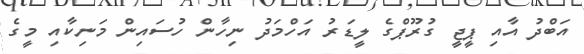
އަބްދު އާއި ޕީޖީ ގުރޫޕްގެ ލީޑަރު އަހްމަދު ނިހާން ހުސައިން މަނިކާއި މީގެ